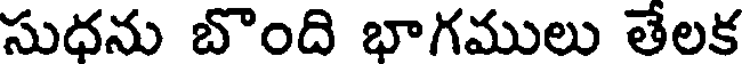
సుధను బొంది భాగములు తేలక